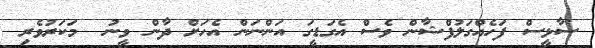
ސާޅީސް ފަހެއްގަލުފްޝާން ވެސް އެގަޑީގަ އަންނަން އެހަށް ދާން ވީނު  މަކަރުވެރި